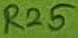
Text: R25